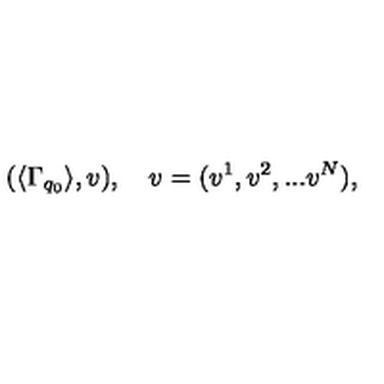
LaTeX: ( \langle \Gamma _ { q _ { 0 } } \rangle , v ) , \quad v = ( v ^ { 1 } , v ^ { 2 } , . . . v ^ { N } ) ,